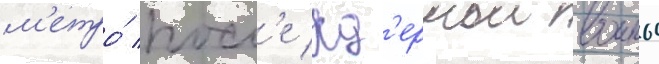
м'етро́ посл'е яд'ернои воины